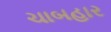
ચાબહાર